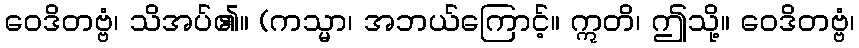
ဝေဒိတဗ္ဗံ၊ သိအပ်၏။ (ကသ္မာ၊ အဘယ်ကြောင့်။ ဣတိ၊ ဤသို့။ ဝေဒိတဗ္ဗံ၊